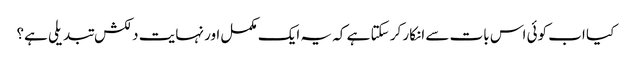
کیا اب کوئی اس بات سے انکار کر سکتا ہے کہ یہ ایک مکمل اور نہایت دلکش تبدیلی ہے؟